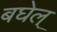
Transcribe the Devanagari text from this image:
बघेल्